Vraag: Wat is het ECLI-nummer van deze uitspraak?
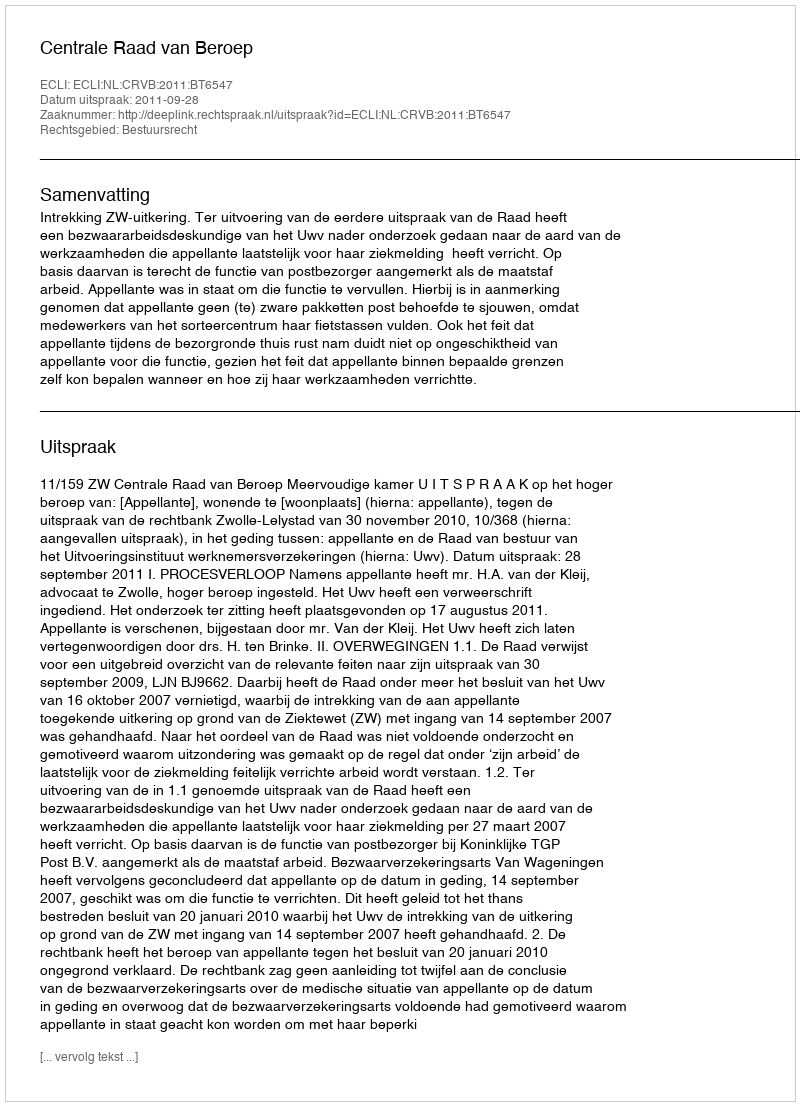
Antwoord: ECLI:NL:CRVB:2011:BT6547